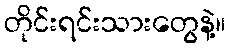
တိုင်းရင်းသားတွေနဲ့။